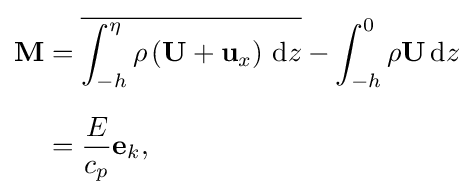
{\begin{aligned}\mathbf {M} &={\overline {\int _{-h}^{\eta }\rho \left(\mathbf {U} +\mathbf {u} _{x}\right)\,\mathrm {d} z}}-\int _{-h}^{0}\rho \mathbf {U} \,\mathrm {d} z\\[6px]&={\frac {E}{c_{p}}}\mathbf {e} _{k},\end{aligned}}